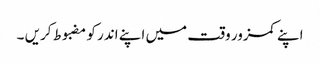
اپنے کمزور وقت میں اپنے اندر کو مضبوط کریں ۔